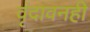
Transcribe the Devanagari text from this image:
वृंदावनही